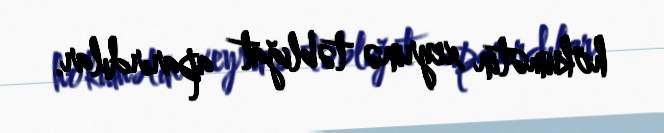
hökumətin xeyrinə təbliğat aparırdılar.